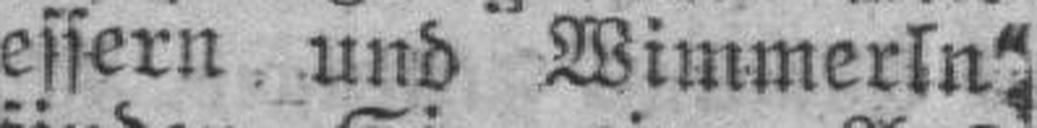
essern und Wimmerln"